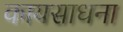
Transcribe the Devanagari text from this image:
कायसाधना